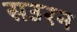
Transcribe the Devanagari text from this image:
सउरन